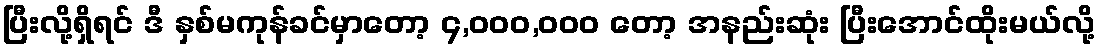
ပြီးလို့ရှိရင် ဒီ နှစ်မကုန်ခင်မှာတော့ ၄,၀၀၀,၀၀၀ တော့ အနည်းဆုံး ပြီးအောင်ထိုးမယ်လို့